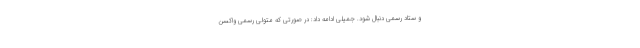
و ستاد رسمی دنبال شود. جمیلی ادامه داد: در صورتی که متولی رسمی واکسن